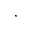
^ \ast